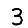
Digit: 3